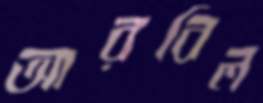
আরবিল